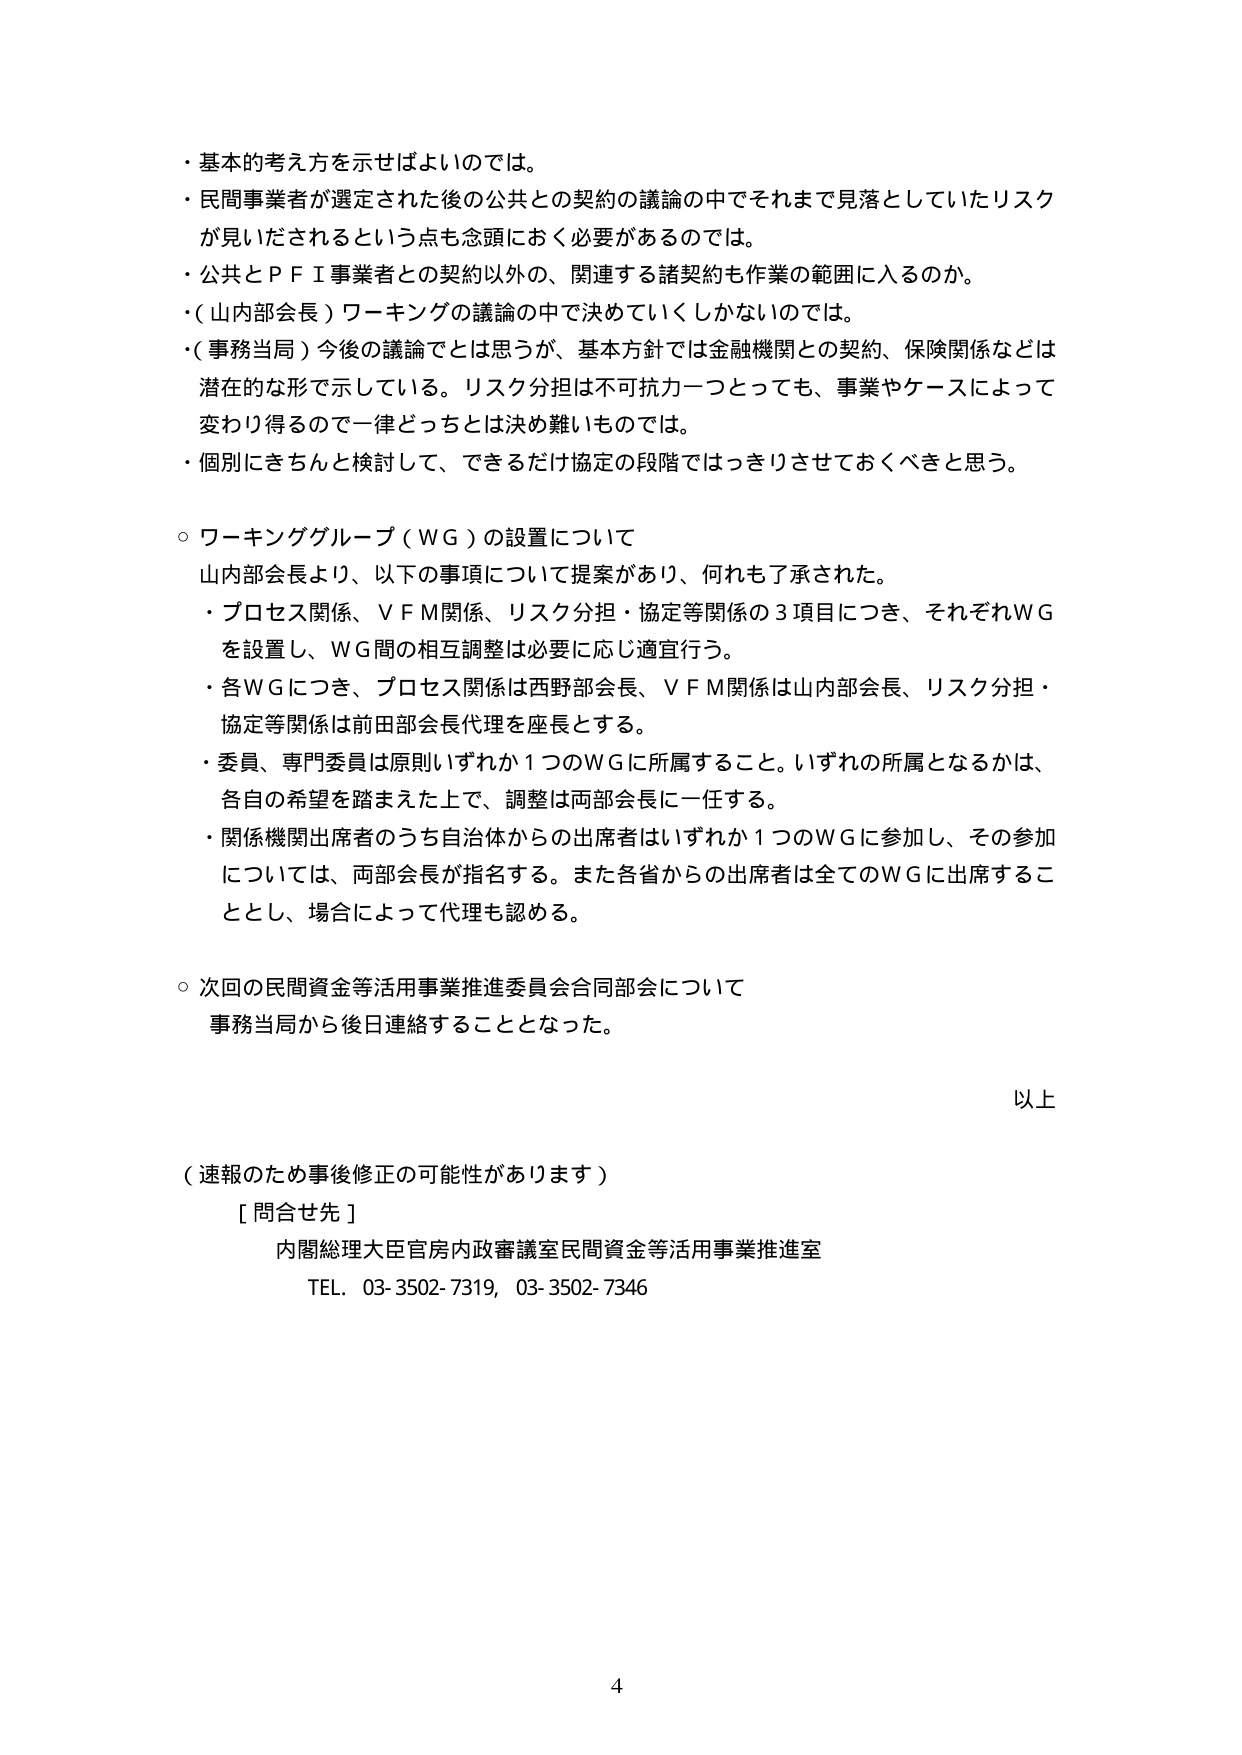
・基本的考え方を示せばよいのでは。
・民間事業者が選定された後の公共との契約の議論の中でそれまで見落としていたリスクが見いだされるという点を念頭におく必要があるのでは。
・公共とＰＦＩ事業者との契約以外の、関連する諸契約も作業の範囲に入るのか。
・（山内部会長）ワーキングの議論の中で決めていくしかないのでは。
・（事務当局）今後の議論ではと思うが、基本方針では金融機関との契約、保険関係などは潜在的な形で示している。リスク分担は不可抗力一つとっても、事業やケースによって変わり得るので一律どっちとは決め難いものでは。
・個別にきちんと検討して、できるだけ協定の段階ではっきりさせておくべきと思う。

○ワーキンググループ（ＷＧ）の設置について
山内部会長より、以下の事項について提案があり、何れも了承された。
・プロセス関係、ＶＦＭ関係、リスク分担・協定等関係の３項目につき、それぞれＷＧを設置し、ＷＧ間の相互調整は必要に応じ適宜行う。
・各ＷＧにつき、プロセス関係は西野部会長、ＶＦＭ関係は山内部会長、リスク分担・協定等関係は前田部会長代理を座長とする。
・委員、専門委員は原則いずれか１つのＷＧに所属すること。いずれの所属となるかは、各自の希望を踏まえた上で、調整は両部会長に一任する。
・関係機関出席者のうち自治体からの出席者はいずれか１つのＷＧに参加し、その参加については、両部会長が指名する。また各省からの出席者は全てのＷＧに出席することとし、場合によって代理も認める。

○次回の民間資金等活用事業推進委員会合同部会について
事務当局から後日連絡することとなった。

以上

（速報のため事後修正の可能性があります）
［問合せ先］
内閣総理大臣官房内政審議室民間資金等活用事業推進室
TEL. 03-3502-7319, 03-3502-7346

4